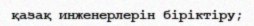
қазақ инженерлерін біріктіру;